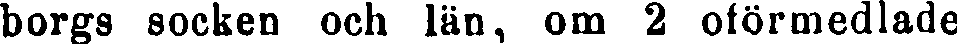
borgs socken och län, om 2 oförmedlade